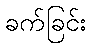
ခက်ခြင်း